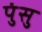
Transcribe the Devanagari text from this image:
पुंसु